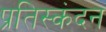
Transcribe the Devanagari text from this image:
प्रतिस्कंदन